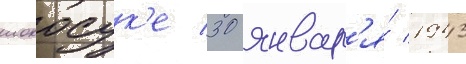
иокосук'е 30 январ'я́ 1943